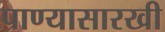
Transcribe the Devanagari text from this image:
पाण्यासारखी